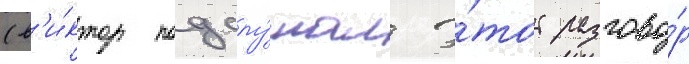
(в'и́ктор подслу́шал э́тот разгово́р